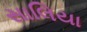
સાલિયા